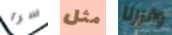
سرا مثل وقررنا